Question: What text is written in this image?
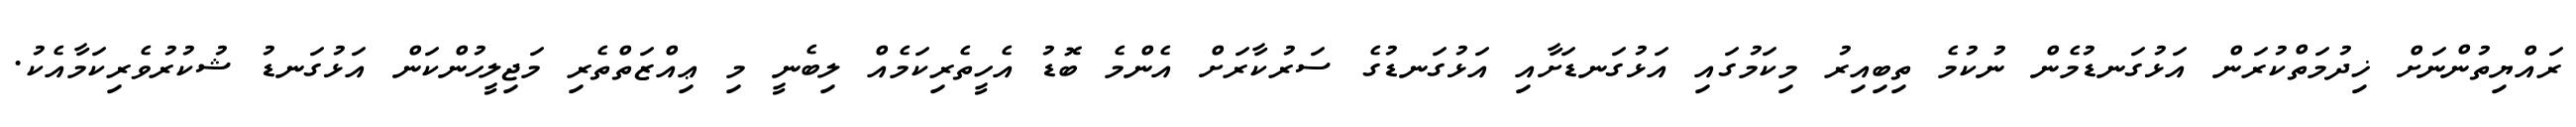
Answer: ރައްޔިތުންނަށް ޚިދުމަތްކުރަން އަޅުގަނޑުމެން ނުކުމެ ތިބިއިރު މިކަމުގައި އަޅުގަނޑަށާއި އަޅުގަނޑުގެ ސަރުކާރަށް އެންމެ ބޮޑު އެހީތެރިކަމެއް ލިބެނީ މި ޢިއްޒަތްތެރި މަޖިލީހުންކަން އަޅުގަނޑު ޝުކުރުވެރިކަމާއެކު.